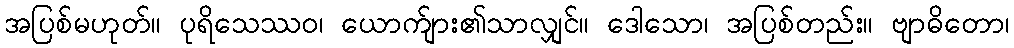
အပြစ်မဟုတ်။ ပုရိသေဿဝ၊ ယောက်ျား၏သာလျှင်။ ဒေါသော၊ အပြစ်တည်း။ ဗျာဓိတော၊